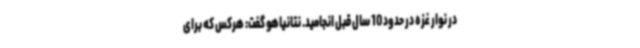
در نوار غزه در حدود 10 سال قبل انجامید. نتانیاهو گفت: هرکس که برای